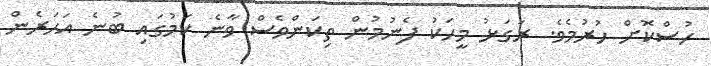
ހުސްކޮށް ހުރުމެވެ. ރަގަޅު މީހަކު ފެނުމުން ތިކަންވެސް ވާނެ ކަމުގައި ބުނެ އަހަރެން